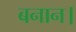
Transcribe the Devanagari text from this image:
बनान।